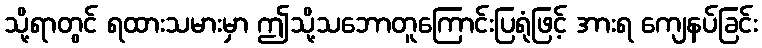
သို့ရာတွင် ရထားသမားမှာ ဤသို့သဘောတူကြောင်းပြရုံဖြင့် အားရ ကျေနပ်ခြင်း